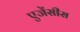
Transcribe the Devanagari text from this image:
एजेंसीस